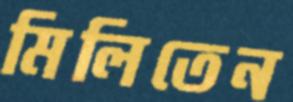
মিলিতেন